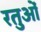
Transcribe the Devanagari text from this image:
रतुओं